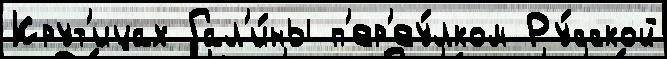
Крут'ицах Гал'и́ны п'ер'еу́лком Ру́сской